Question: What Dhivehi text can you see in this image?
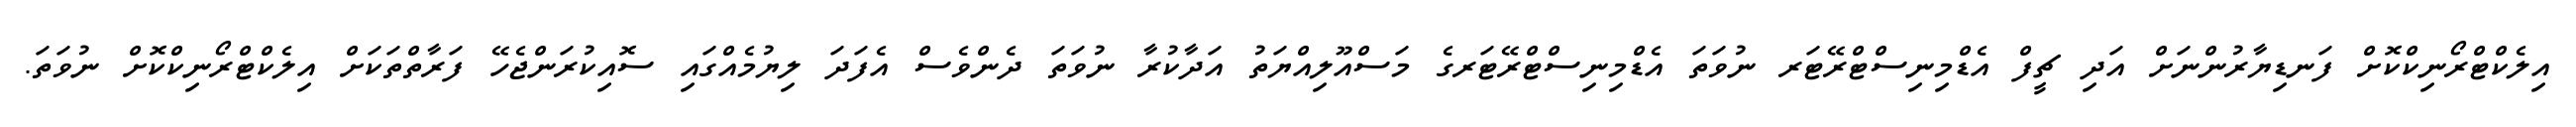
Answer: އިލެކްޓްރޯނިކްކޮށް ފަނޑިޔާރުންނަށް އަދި ޗީފް އެޑްމިނިސްޓްރޭޓަރ ނުވަތަ އެޑްމިނިސްޓްރޭޓަރގެ މަސްއޫލިއްޔަތު އަދާކުރާ ނުވަތަ ދެންވެސް އެފަދަ ލިޔުމެއްގައި ސޮއިކުރަންޖެހޭ ފަރާތްތަކަށް އިލެކްޓްރޯނިކްކޮށް ނުވަތަ.